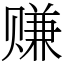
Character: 赚